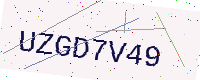
Text: UZGD7V49